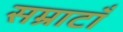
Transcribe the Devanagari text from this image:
सम्राटाँ